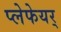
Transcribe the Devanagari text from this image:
प्लेफेयर्